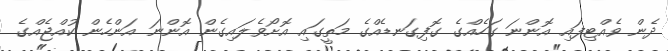
ދެން ވެއްޓިފައި އޮންނަ ގަހެއްގެ ގޮފިގަނޑެއްގެ މަތީގައި އޮށޯވެލައިގެން އޮންނަ އަންހެން ކުއްޖެއްގެ